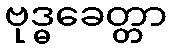
ဗုဒ္ဓခေတ္တာ